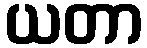
ယတာ